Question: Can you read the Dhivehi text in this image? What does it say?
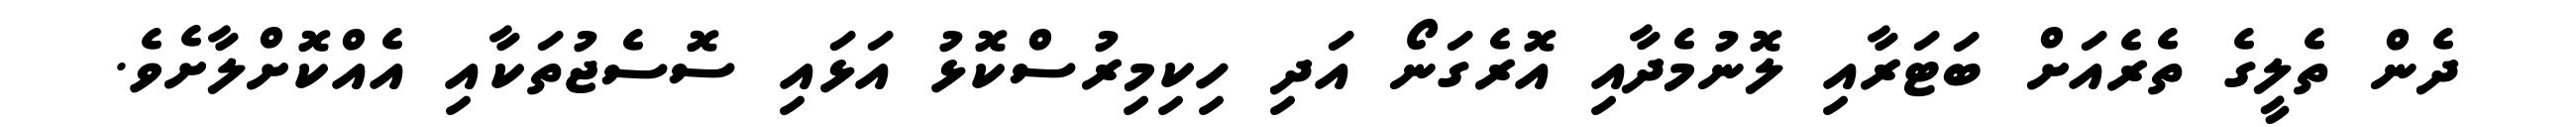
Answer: ދެން ތެލީގެ ތެރެއަށް ބަޓަރާއި ލޮނުމެދާއި އޮރެގަނޯ އަދި ހިކިމިރުސްކޮޅު އަޅައި ސޮސެޖުތަކާއި އެއްކޮށްލާށެވެ.